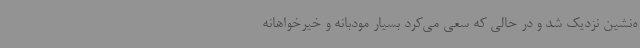
ه‌نشین نزدیک شد و در حالی که سعی می‌کرد بسیار مودبانه و خیرخواهانه